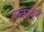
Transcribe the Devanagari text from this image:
उत्कलेन